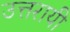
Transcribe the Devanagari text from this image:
उत्तरायी